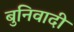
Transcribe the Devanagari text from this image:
बुनिवादी